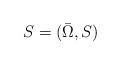
LaTeX: \begin{align*} S=({\bar \Omega},S)\end{align*}